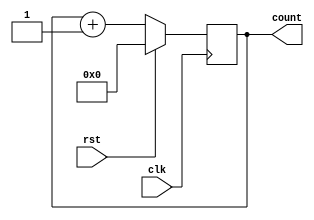
module counter (
    input clk, rst,
    output reg [3:0] count
);
    always @(posedge clk ) begin
        if (rst)
        count<=0;
        else
        count<=count+1;
    end
endmodule